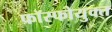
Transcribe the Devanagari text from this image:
फॉस्फोयुक्त